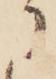
に